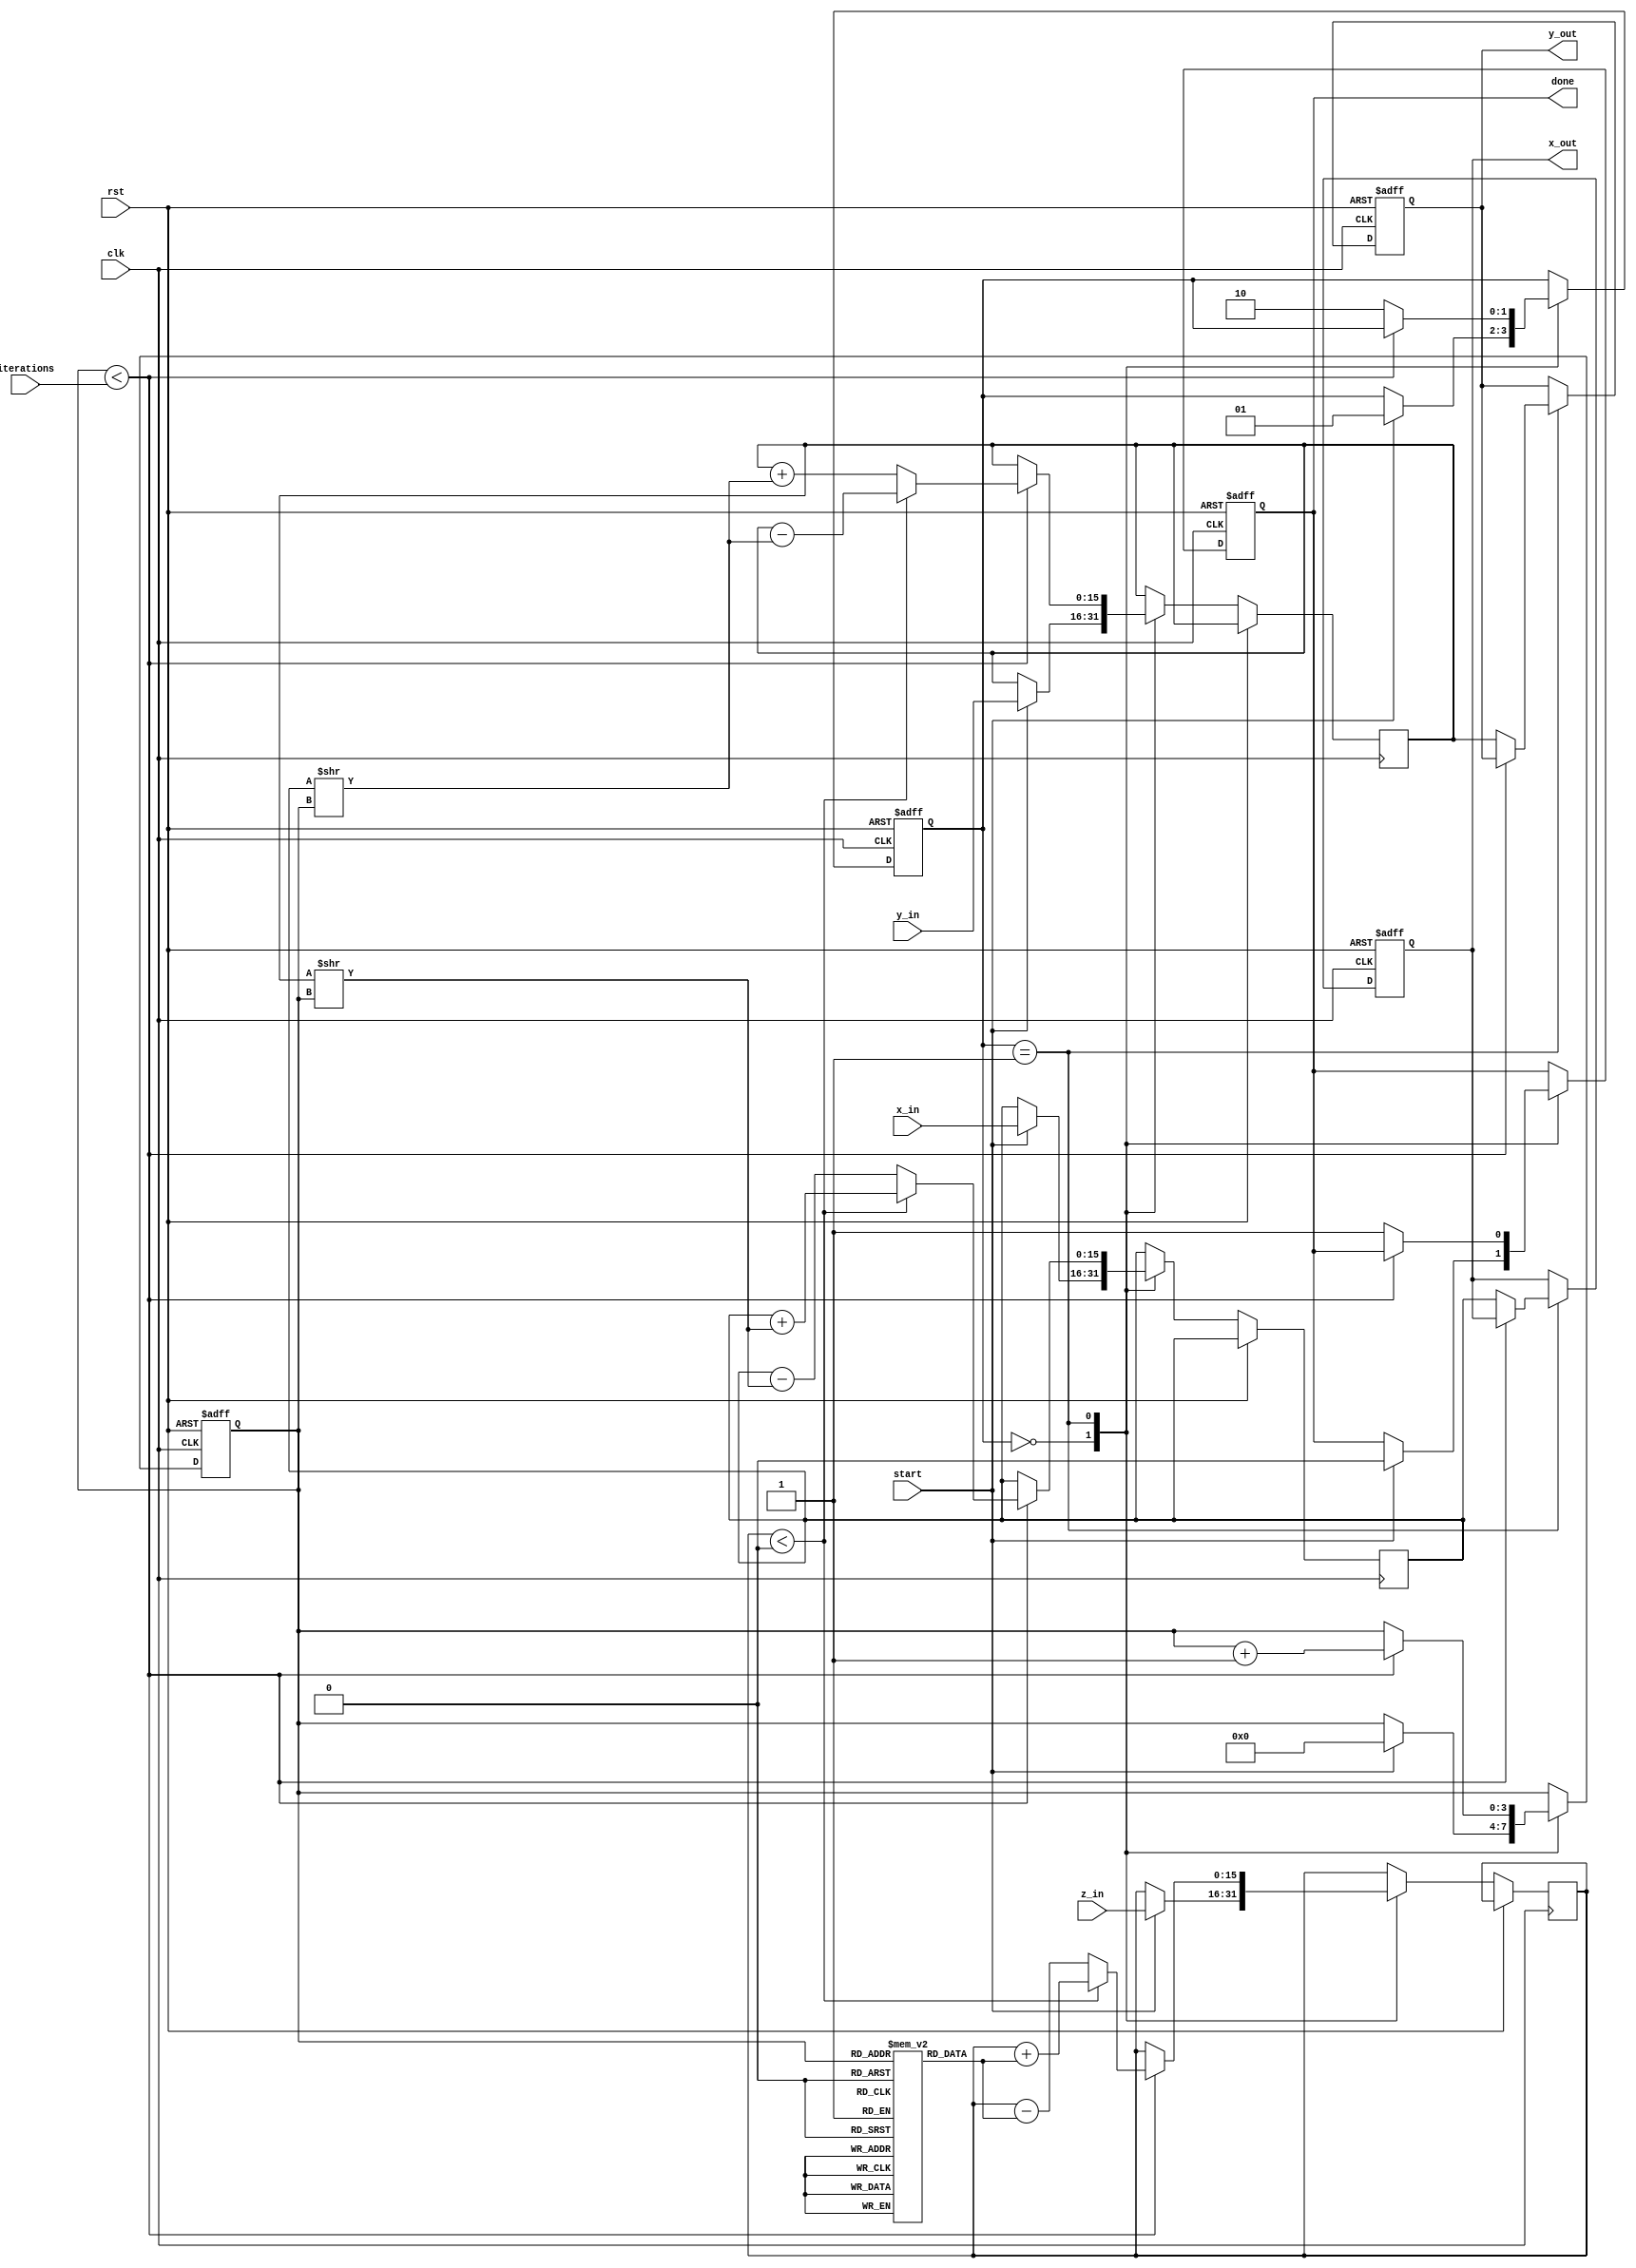
module cordic_2d (
    input wire clk,
    input wire rst,
    input wire start,
    input wire [15:0] x_in, // Input x vector
    input wire [15:0] y_in, // Input y vector
    input wire [15:0] z_in, // Input angle in radians (fixed-point)
    input wire [3:0] iterations, // Number of iterations
    output reg [15:0] x_out, // Output x vector
    output reg [15:0] y_out, // Output y vector
    output reg done // Operation done flag
);

    // CORDIC parameters
    reg [15:0] angle_table [0:15]; // Angle lookup table
    reg [15:0] x, y, z;
    reg [3:0] count;
    reg [1:0] state;

    // State encoding
    localparam IDLE = 2'b00;
    localparam RUN = 2'b01;
    localparam DONE = 2'b10;

    // Initialize angle lookup table
    initial begin
        angle_table[0] = 16'h0000; // atan(2^0)
        angle_table[1] = 16'h26DB; // atan(2^-1)
        angle_table[2] = 16'h1C71; // atan(2^-2)
        angle_table[3] = 16'h14AE; // atan(2^-3)
        angle_table[4] = 16'h0D8E; // atan(2^-4)
        angle_table[5] = 16'h0A2D; // atan(2^-5)
        angle_table[6] = 16'h0519; // atan(2^-6)
        angle_table[7] = 16'h028B; // atan(2^-7)
        angle_table[8] = 16'h0142; // atan(2^-8)
        angle_table[9] = 16'h00A1; // atan(2^-9)
        angle_table[10] = 16'h0051; // atan(2^-10)
        angle_table[11] = 16'h0028; // atan(2^-11)
        angle_table[12] = 16'h0014; // atan(2^-12)
        angle_table[13] = 16'h000A; // atan(2^-13)
        angle_table[14] = 16'h0005; // atan(2^-14)
        angle_table[15] = 16'h0002; // atan(2^-15)
    end

    // State machine for CORDIC operation
    always @(posedge clk or posedge rst) begin
        if (rst) begin
            state <= IDLE;
            done <= 0;
            count <= 0;
            x_out <= 0;
            y_out <= 0;
        end else begin
            case (state)
                IDLE: begin
                    if (start) begin
                        x <= x_in;
                        y <= y_in;
                        z <= z_in;
                        count <= 0;
                        state <= RUN;
                        done <= 0;
                    end
                end
                RUN: begin
                    if (count < iterations) begin
                        if (z < 0) begin
                            // Rotate clockwise
                            x <= x + (y >> count);
                            y <= y - (x >> count);
                            z <= z + angle_table[count];
                        end else begin
                            // Rotate counterclockwise
                            x <= x - (y >> count);
                            y <= y + (x >> count);
                            z <= z - angle_table[count];
                        end
                        count <= count + 1;
                    end else begin
                        x_out <= x;
                        y_out <= y;
                        done <= 1;
                        state <= DONE;
                    end
                end
                DONE: begin
                    // Stay in DONE state until reset
                end
            endcase
        end
    end
endmodule